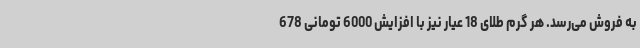
به فروش می‌رسد. هر گرم طلای 18 عیار نیز با افزایش 6000 تومانی 678